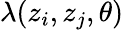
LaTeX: \lambda(z_{i},z_{j},\theta)